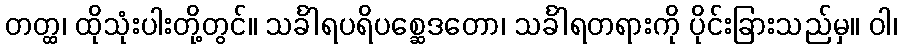
တတ္ထ၊ ထိုသုံးပါးတို့တွင်။ သင်္ခါရပရိပစ္ဆေဒတော၊ သင်္ခါရတရားကို ပိုင်းခြားသည်မှ။ ဝါ၊